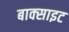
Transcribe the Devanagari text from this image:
बाक्‍साइट